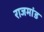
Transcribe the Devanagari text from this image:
राजमांड